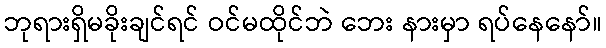
ဘုရားရှိမခိုးချင်ရင် ဝင်မထိုင်ဘဲ ဘေး နားမှာ ရပ်နေနော်။